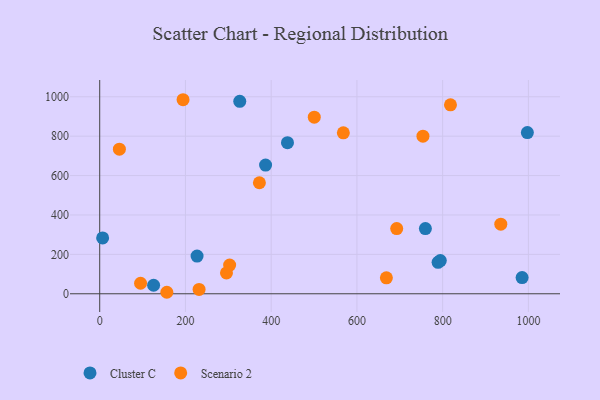
{"axis": {"x": "Experience", "y": "Salary"}, "legend": ["Cluster C", "Scenario 2"], "data": [{"x": "789.3", "y": 159.4, "type": "Cluster C"}, {"x": "6.8", "y": 283.3, "type": "Cluster C"}, {"x": "794.5", "y": 168.5, "type": "Cluster C"}, {"x": "326.7", "y": 976.7, "type": "Cluster C"}, {"x": "759.7", "y": 331.2, "type": "Cluster C"}, {"x": "386.9", "y": 653.2, "type": "Cluster C"}, {"x": "985.3", "y": 82.1, "type": "Cluster C"}, {"x": "997.6", "y": 818.3, "type": "Cluster C"}, {"x": "438.0", "y": 767.1, "type": "Cluster C"}, {"x": "125.7", "y": 43.3, "type": "Cluster C"}, {"x": "227.1", "y": 191.5, "type": "Cluster C"}, {"x": "95.3", "y": 53.4, "type": "Scenario 2"}, {"x": "194.4", "y": 985.0, "type": "Scenario 2"}, {"x": "692.8", "y": 330.8, "type": "Scenario 2"}, {"x": "668.7", "y": 80.9, "type": "Scenario 2"}, {"x": "754.0", "y": 800.2, "type": "Scenario 2"}, {"x": "45.9", "y": 733.9, "type": "Scenario 2"}, {"x": "231.8", "y": 22.3, "type": "Scenario 2"}, {"x": "568.3", "y": 816.9, "type": "Scenario 2"}, {"x": "156.6", "y": 7.6, "type": "Scenario 2"}, {"x": "935.6", "y": 353.3, "type": "Scenario 2"}, {"x": "818.2", "y": 959.0, "type": "Scenario 2"}, {"x": "500.5", "y": 896.4, "type": "Scenario 2"}, {"x": "303.1", "y": 145.9, "type": "Scenario 2"}, {"x": "372.5", "y": 563.6, "type": "Scenario 2"}, {"x": "295.7", "y": 105.8, "type": "Scenario 2"}]}